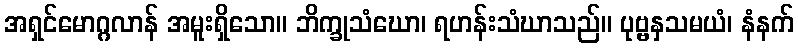
အရှင်မောဂ္ဂလာန် အမူးရှိသော။ ဘိက္ခုသံဃော၊ ရဟန်းသံဃာသည်။ ပုဗ္ဗနှသမယံ၊ နံနက်